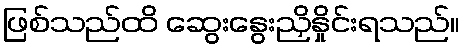
ဖြစ်သည်ထိ ဆွေးနွေးညှိနှိုင်းရသည်။